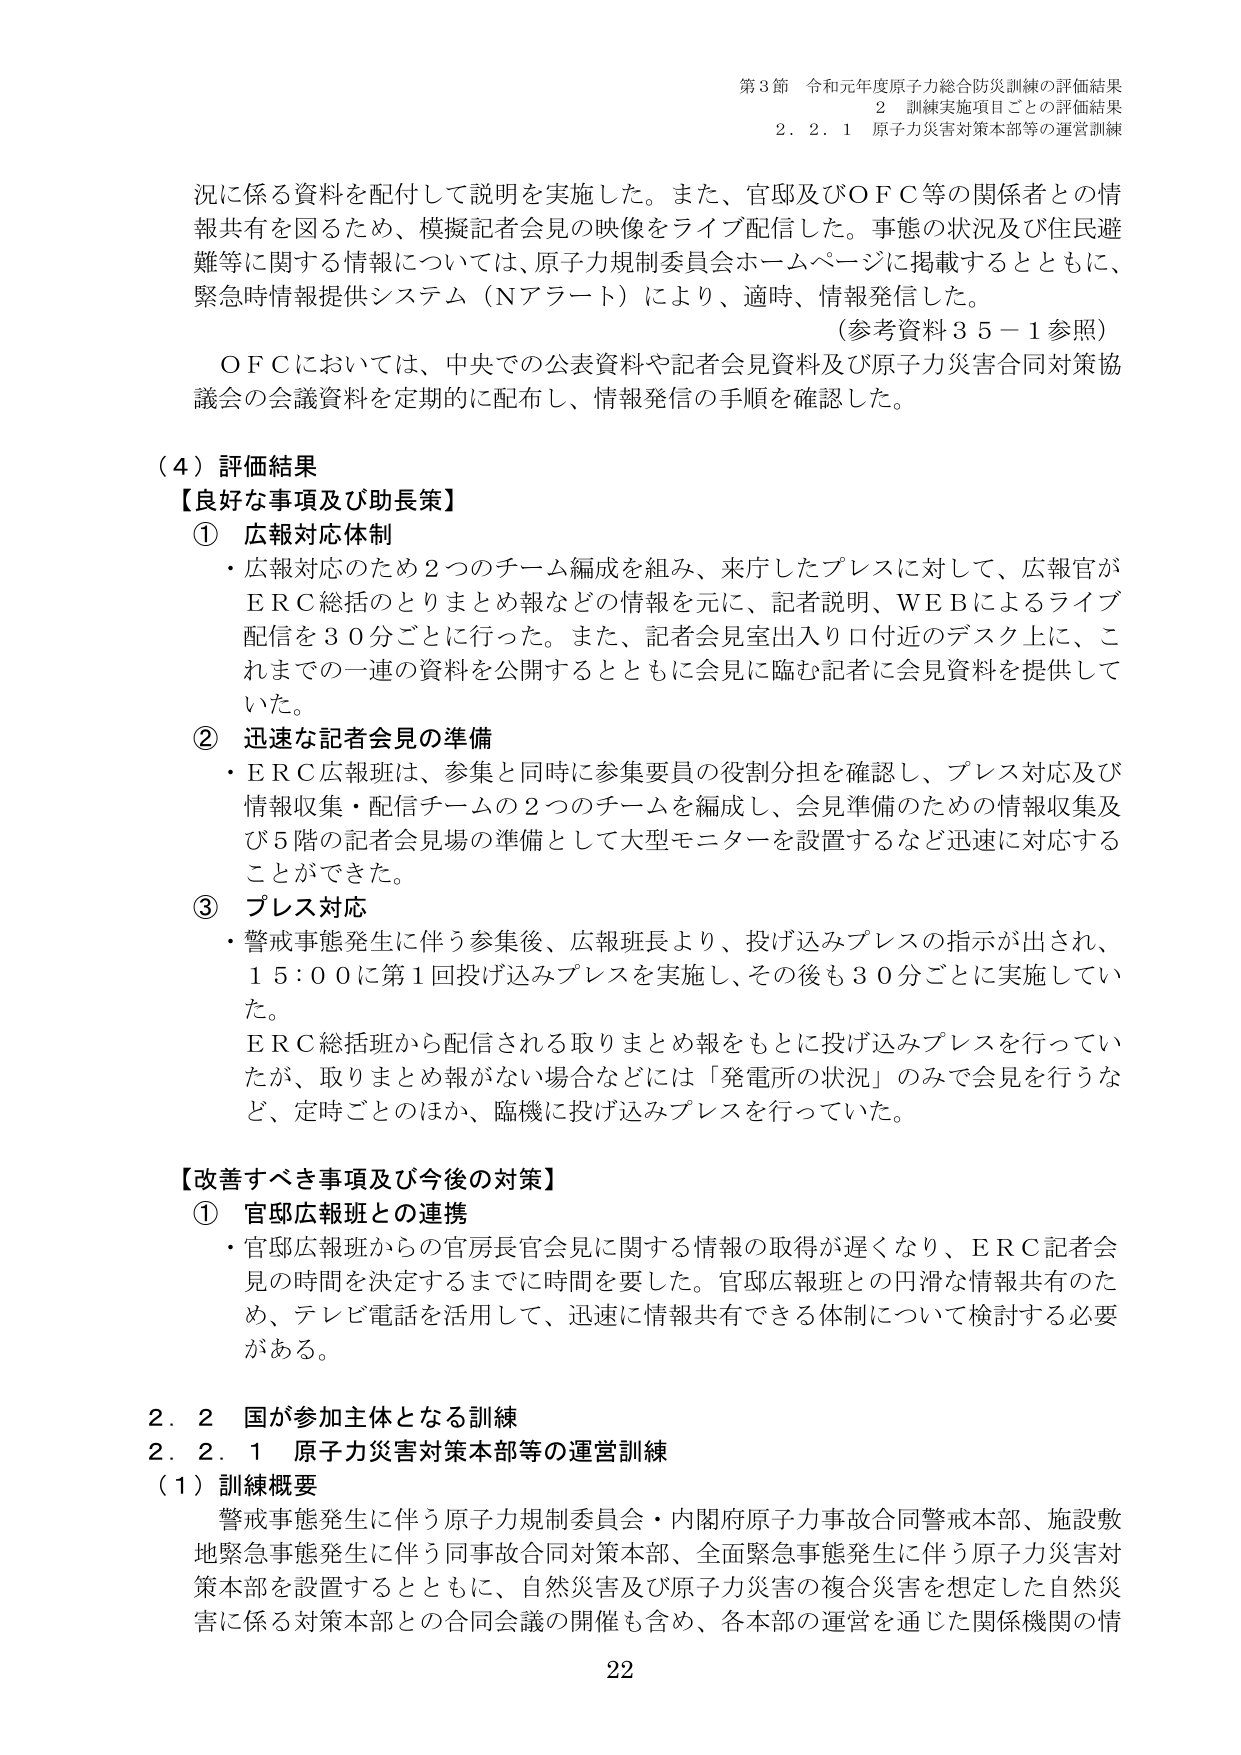
第3節 令和元年度原子力総合防災訓練の評価結果
2 訓練実施項目ごとの評価結果
2.2.1 原子力災害対策本部等の運営訓練

況に係る資料を配付して説明を実施した。また、官邸及びＯＦＣ等の関係者との情報共有を図るため、模擬記者会見の映像をライブ配信した。事態の状況及び住民避難等に関する情報については、原子力規制委員会ホームページに掲載するとともに、緊急時情報提供システム（Ｎアラート）により、適時、情報発信した。
（参考資料35－1参照）

ＯＦＣにおいては、中央での公表資料や記者会見資料及び原子力災害合同対策協議会の会議資料を定期的に配布し、情報発信の手順を確認した。

（4）評価結果
【良好な事項及び助長策】
① 広報対応体制
・広報対応のため2つのチーム編成を組み、来庁したプレスに対して、広報官がＥＲＣ総括のとりまとめ報などの情報を元に、記者説明、ＷＥＢによるライブ配信を30分ごとに行った。また、記者会見室出入り口付近のデスク上に、これまでの一連の資料を公開するとともに会見に臨む記者に会見資料を提供していた。

② 迅速な記者会見の準備
・ＥＲＣ広報班は、参集と同時に参集要員の役割分担を確認し、プレス対応及び情報収集・配信チームの2つのチームを編成し、会見準備のための情報収集及び5階の記者会見場の準備として大型モニターを設置するなど迅速に対応することができた。

③ プレス対応
・警戒事態発生に伴う参集後、広報班長より、投げ込みプレスの指示が出され、15:00に第1回投げ込みプレスを実施し、その後も30分ごとに実施していた。
ＥＲＣ総括班から配信される取りまとめ報をもとに投げ込みプレスを行っていたが、取りまとめ報がない場合などには「発電所の状況」のみで会見を行うなど、定時ごとのほか、臨機に投げ込みプレスを行っていた。

【改善すべき事項及び今後の対策】
① 官邸広報班との連携
・官邸広報班からの官房長官会見に関する情報の取得が遅くなり、ＥＲＣ記者会見の時間を決定するまでに時間を要した。官邸広報班との円滑な情報共有のため、テレビ電話を活用して、迅速に情報共有できる体制について検討する必要がある。

2.2 国が参加主体となる訓練
2.2.1 原子力災害対策本部等の運営訓練
（1）訓練概要
警戒事態発生に伴う原子力規制委員会・内閣府原子力事故合同警戒本部、施設敷地緊急事態発生に伴う同事故合同対策本部、全面緊急事態発生に伴う原子力災害対策本部を設置するとともに、自然災害及び原子力災害の複合災害を想定した自然災害に係る対策本部との合同会議の開催も含め、各本部の運営を通じた関係機関の情

22